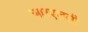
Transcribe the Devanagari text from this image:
आरएलसी